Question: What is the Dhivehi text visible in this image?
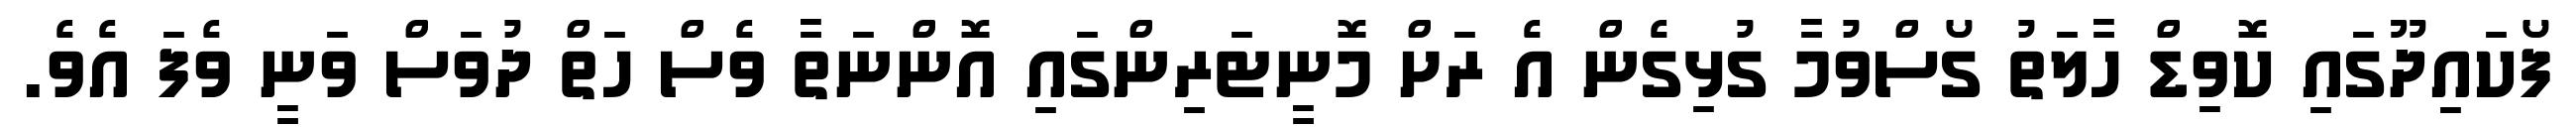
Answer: ފޯކައިދޫގައި ކޮވިޑް ހާލަތު ގޯސްވުމާ ގުޅިގެން އެ ރަށް މޮނީޓަރިންގައި އޮންނަތާ ވެސް ހަތް ދުވަސް ވަނީ ވެފަ އެވެ.